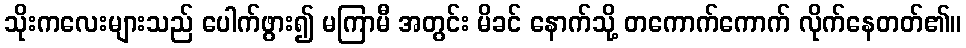
သိုးကလေးများသည် ပေါက်ဖွား၍ မကြာမီ အတွင်း မိခင် နောက်သို့ တကောက်ကောက် လိုက်နေတတ်၏။